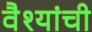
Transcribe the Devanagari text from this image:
वैश्यांची